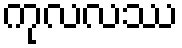
ကုလလဿ